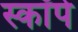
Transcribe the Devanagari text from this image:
स्कॉपे